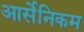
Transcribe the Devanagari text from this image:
आर्सेनिकम